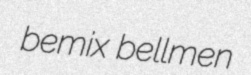
bemix bellmen